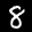
Label: 8